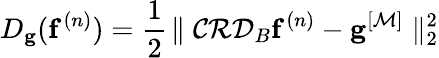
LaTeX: {D}_{\mathbf{g}}({\mathbf{f}^{(n)}})=\frac{1}{2}\! \parallel\mathcal{C}\mathcal{R}\mathcal{D}_{B}{\mathbf{f}^{(n)}}-\mathbf{g}^{[\mathcal{M}]}\parallel_{2}^{2}